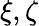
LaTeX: \xi,\zeta